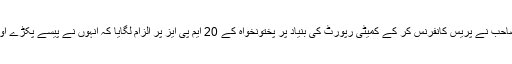
اب عمران خان صاحب نے پریس کانفرنس کر کے کمیٹی رپورٹ کی بنیاد پر پختونخواہ کے 20 ایم پی ایز پر الزام لگایا کہ انہوں نے پیسے پکڑے اور اپنا ضمیر بیچا۔